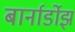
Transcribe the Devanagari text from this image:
बार्नार्डोझ